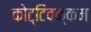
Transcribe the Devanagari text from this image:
कोट्टिवक्कम